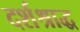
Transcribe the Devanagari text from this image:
दर्शश्राद्ध